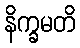
နိက္ခမတိ